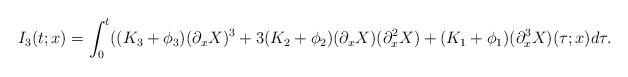
LaTeX: \begin{align*}I_3(t;x)=\int_{0}^{t}((K_3+\phi_3)(\partial_xX)^3+3(K_2+\phi_2)(\partial_xX)(\partial^2_xX)+(K_1+\phi_1)(\partial^3_xX)(\tau;x)d\tau.\end{align*}